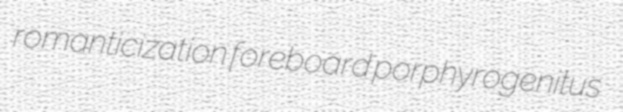
romanticization foreboard porphyrogenitus